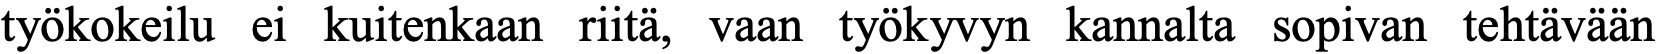
työkokeilu ei kuitenkaan riitä, vaan työkyvyn kannalta sopivan tehtävään